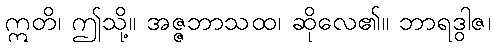
ဣတိ၊ ဤသို့။ အဇ္ဇဘာသထ၊ ဆိုလေ၏။ ဘာရဒွါဇ၊